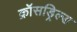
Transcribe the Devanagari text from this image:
क्रॉसड्रिल्ड